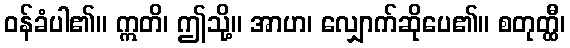
ဝန်ခံပါ၏။ ဣတိ၊ ဤသို့။ အာဟ၊ လျှောက်ဆိုပေ၏။ စတုတ္ထီ၊